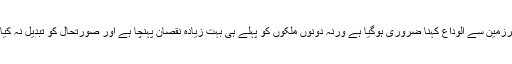
ان بیچ کے شرارتی لوگوں کو افغانستان کی سرزمین سے الوداع کہنا ضروری ہوگیا ہے ورنہ دونوں ملکوں کو پہلے ہی بہت زیادہ نقصان پہنچا ہے اور صورتحال کو تبدیل نہ کیا گیا تو حالات مزید گمبھیر بھی ہوسکتے ہیں۔